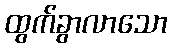
ထွက်ခွာလာသော